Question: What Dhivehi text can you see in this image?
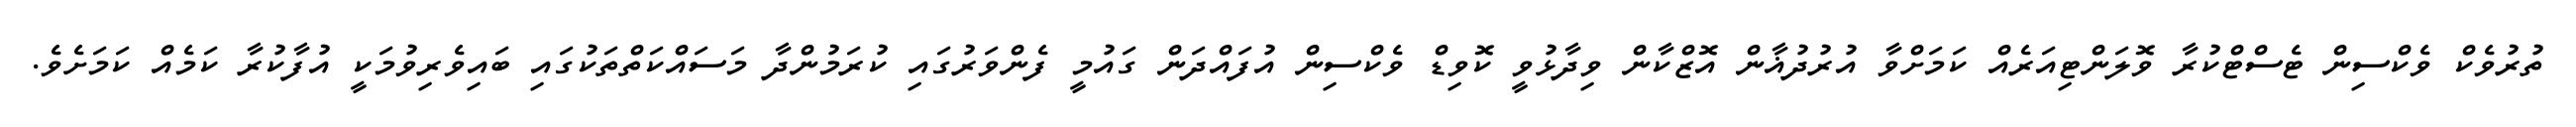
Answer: ތުރުވެކް ވެކްސިން ޓެސްޓްކުރާ ވޮލަންޓިއަރެއް ކަމަށްވާ އުރުދުޣާން އޮޒްކާން ވިދާޅުވީ ކޮވިޑް ވެކްސިން އުފައްދަން ގައުމީ ފެންވަރުގައި ކުރަމުންދާ މަސައްކަތްތަކުގައި ބައިވެރިވުމަކީ އުފާކުރާ ކަމެއް ކަމަށެވެ.